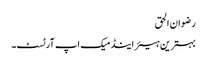
رضوان الحق
بہترین ہیئر اینڈ میک اپ آرٹسٹ۔